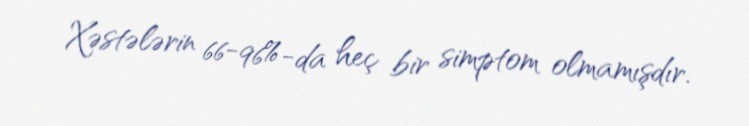
Xəstələrin 66-96%-da heç bir simptom olmamışdır.